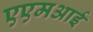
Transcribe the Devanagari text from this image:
एएमआई